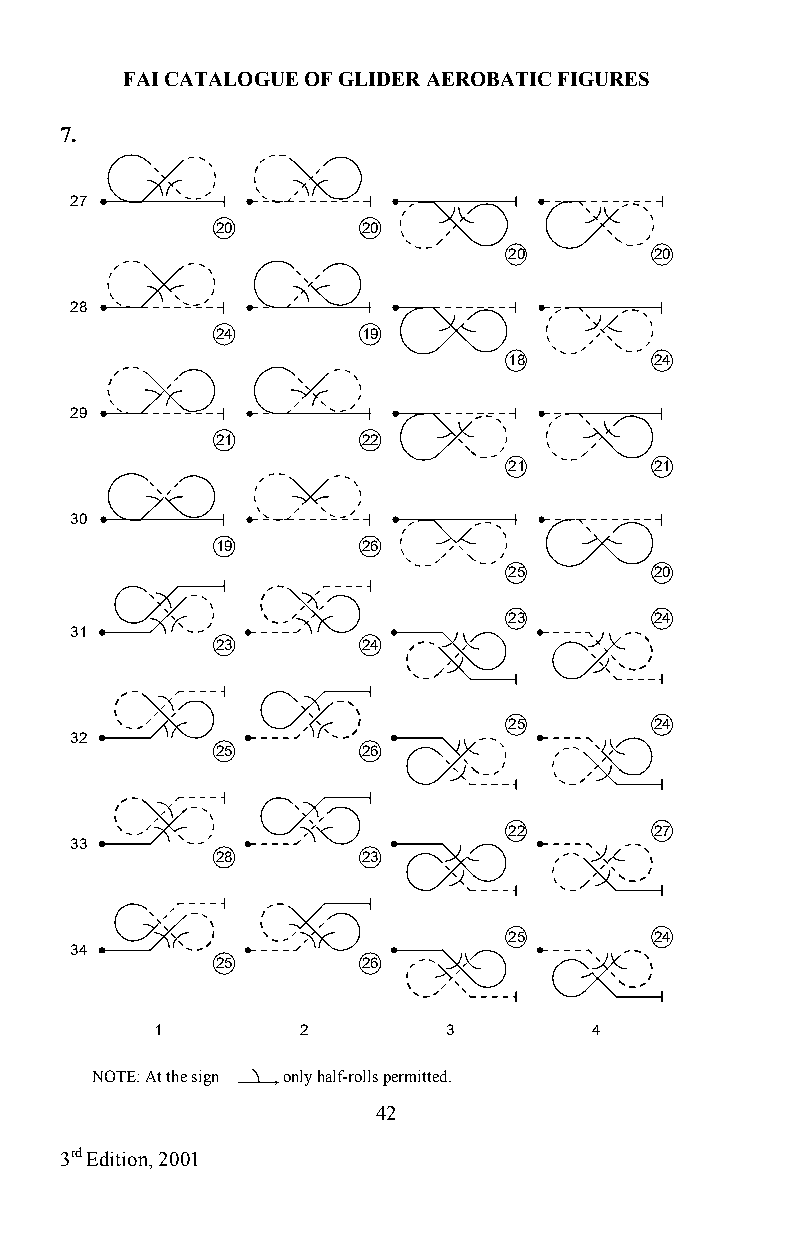
FAI CATALOGUE OF GLIDER AEROBATIC FIGURES
 7.
 27
 20        20
 20       20
 28
 24        19
 18       24
 29
 21        22
 21       21
 30
 19        26
 25       20
 23       24
 31
 23        24
 25       24
 32
 25        26
 22       27
 33
 28        23
 25       24
 34
 25        26
 1         2        3         4
 NOTE: At the sign , only half-rolls permitted.
 42
 3rd Edition, 2001